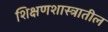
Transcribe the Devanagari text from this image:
शिक्षणशास्त्रातील